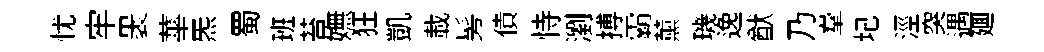
忧牢褁蕐炁蜀班苔嫵狂凱載髣債恃瀏搏霸薰璣𨓜猷乃羣圮涇突遇廽